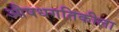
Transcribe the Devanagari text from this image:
औषधगतिकीला